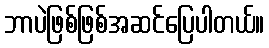
ဘာပဲဖြစ်ဖြစ်အဆင်ပြေပါတယ်။